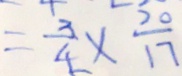
= \frac { 3 } { 4 } \times \frac { 2 0 } { 1 7 }